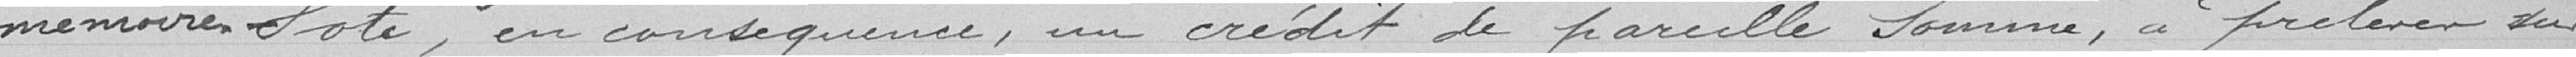
mémoires. Note, en conséquence, un crédit de pareille somme, à prélever sur